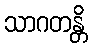
သာဂတန္တိ